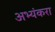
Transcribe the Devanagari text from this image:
अभ्यंकरा